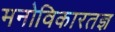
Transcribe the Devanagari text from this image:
मनोविकारतज्ञ